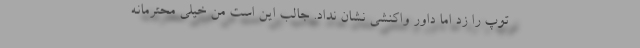
توپ را زد اما داور واکنشی نشان نداد. جالب این است من خیلی محترمانه